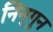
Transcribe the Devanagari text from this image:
निन्गुन